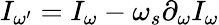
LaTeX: I_{\omega^{\prime}}=I_{\omega}-\omega_{s}\partial_{\omega}I_{\omega}